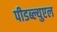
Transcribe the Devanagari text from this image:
पीडब्ल्युएल